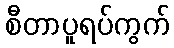
စီတာပူရပ်ကွက်